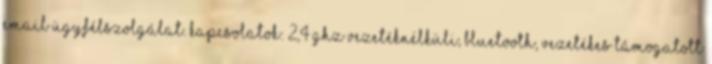
email ügyfélszolgálat. Kapcsolatok: 2,4 GHz vezetéknélküli, Bluetooth, vezetékes Támogatott